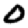
Digit: 0